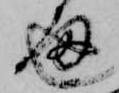
通